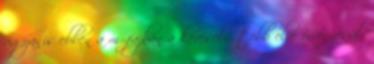
ugyanis ebben a műfajban a kevesebb több elve érvényesül.